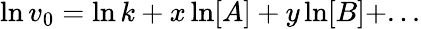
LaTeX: \ln v_{0}=\ln k+x\ln[A]+y\ln[B]+...